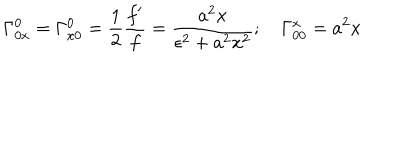
\Gamma _ { 0 x } ^ { 0 } = \Gamma _ { x 0 } ^ { 0 } = \frac { 1 } { 2 } \frac { f ^ { \prime } } { f } = \frac { a ^ { 2 } x } { \epsilon ^ { 2 } + a ^ { 2 } x ^ { 2 } } ; \quad \Gamma _ { 0 0 } ^ { x } = a ^ { 2 } x